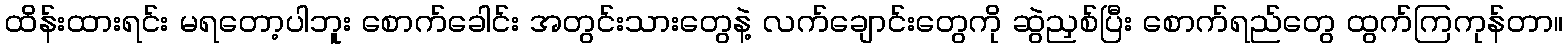
ထိန်းထားရင်း မရတော့ပါဘူး စောက်ခေါင်း အတွင်းသားတွေနဲ့ လက်ချောင်းတွေကို ဆွဲညှစ်ပြီး စောက်ရည်တွေ ထွက်ကြကုန်တာ။